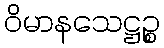
ဝိမာနသေဋ္ဌဉ္စ